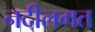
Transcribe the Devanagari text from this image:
नदीलगत